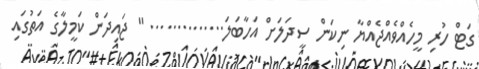
ގަޓް ހުރި މީހެއްވެއްޖެއްޔާ ނިކަން ސީދަލަށް އަހާބަލަ.............. " ޖައިދަން ކަމީލާގެ އަތުގައި